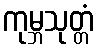
ကုမ္ဘသုတ္တံ